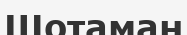
Шотаман